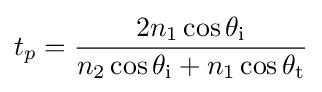
t_{p}={\frac {2n_{1}\cos \theta _{\text{i}}}{n_{2}\cos \theta _{\text{i}}+n_{1}\cos \theta _{\text{t}}}}